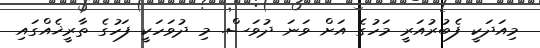
މިއަދަކީ ފެބުރުއަރީ މަހުގެ އަށް ވަނަ ދުވަސް. މި ދުވަހަކީ ފަހުގެ ތާރީޚެއްގައި